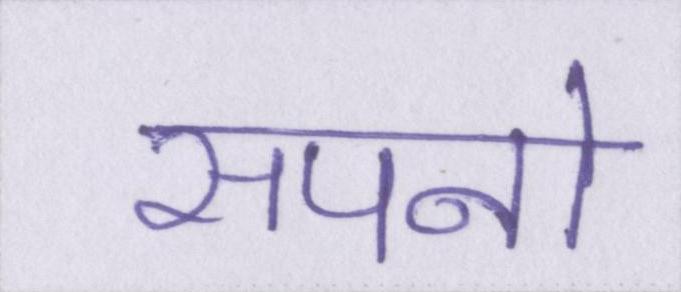
सपनो